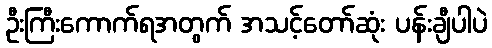
ဦးကြီးကောက်ရအတွက် အသင့်တော်ဆုံး ပန်းချီပါပဲ